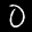
Label: 0